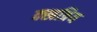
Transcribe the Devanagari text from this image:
क्खत्रिय